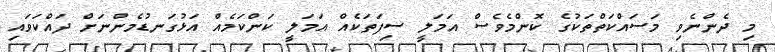
މި ދެންނެވި މަސައްކަތްތަކުގެ ކޮންމެވެސް އަމަލީ ސިފަތަކެއް އަމަލީ ކަންކަމެއް އަޅުގަނޑުމެންނަށް ދައްކަވައި